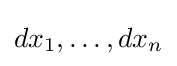
dx_{1},\ldots ,dx_{n}